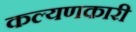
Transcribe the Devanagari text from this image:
कल्यणकारी